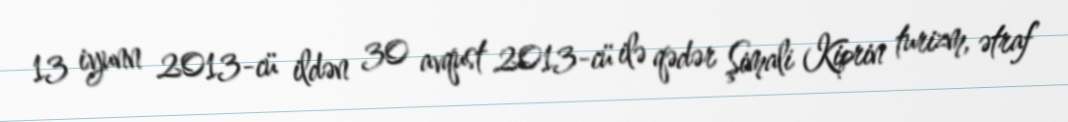
13 iyunn 2013-cü ildən 30 avqust 2013-cü ilə qədər Şimali Kiprin turizm, ətraf